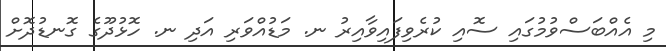
މި އެއްބަސްވުމުގައި ސޮއި ކުރެވިފައިވާއިރު ނ. މަޑުއްވަރި އަދި ނ. ހޮޅުދޫގެ ގޮނޑުދޮށް